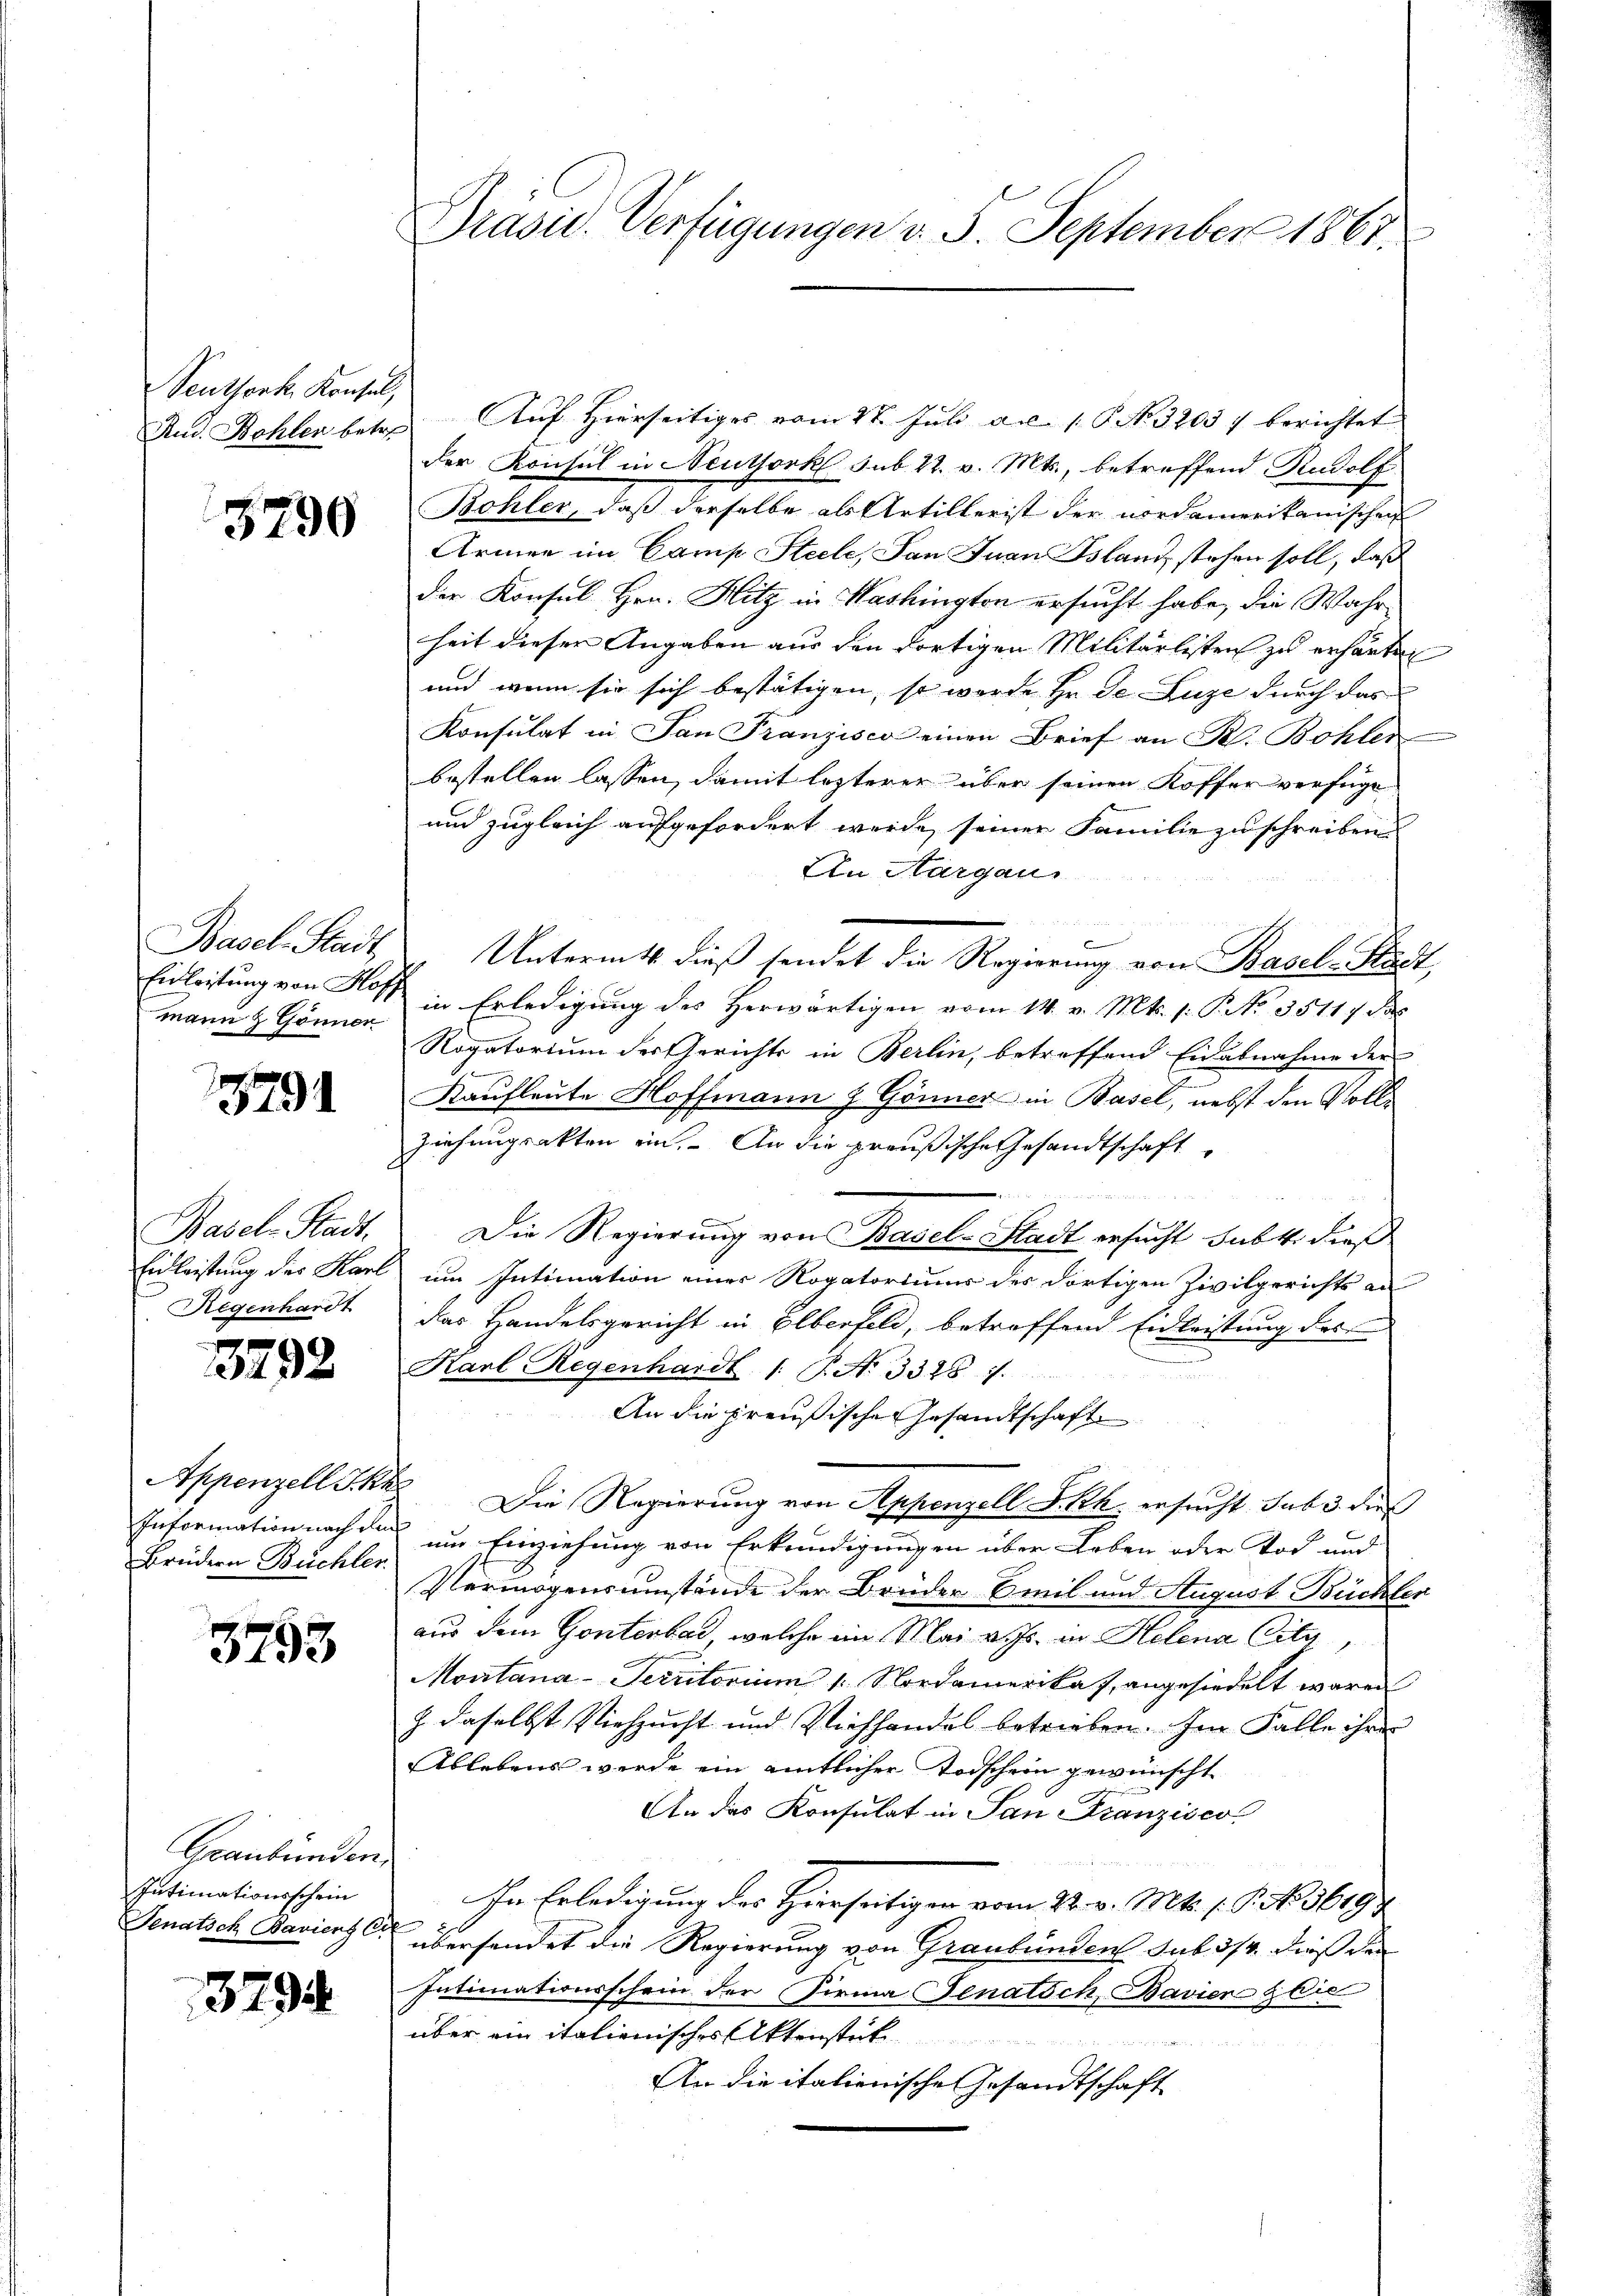
Senthork, Konsul,

5790

Basel-Stadt
mann & Gönner

3791

Basel-Stadt.
Einleistung des Karl
Regenhardt

3792

Appenzell Ihn
Information nach den
Brüdern Büchler

3793

Graubünden
Intimationsschein
Senatsch Bavient C.

3794

Präsid. Verfügungen v. 5. September 1867.

Rud. Bohler betr. Auf Hierseitiges vom 27. Juli d. 16. No. 32037 berichtet
der Konsul in Neuthork sub. 22. v. Mts., betreffend Rudolf
Bohler, daß derselbe als Artillerist der nordamerikanischen
Armen im Camp Steele, San.- Juan Bsland stehen soll, daß
der Konsul Hrn. Hitz in Washington ersucht habe, die Wahr-
heit dieser Angaben aus den dortigen Militärlisten zu erhärten
und wenn sie sich bestätigen, so wurde Hr. De Luze durch das
Konsulat in San Franzisco einen Brief an P. Bohler
bestellen lassen, damit lezterer über seinen Koffer verfüge
und zugleich aufgefordert werde, seiner Familie zu schreiben
An Aargaus

x
Untermitt dieß sendet die Regierung von Basel-Stadt
Eidleistung von Ross in Erledigung des Herwärtigen vom 14. v. Mts. s. P. Nr. 35117 de
Rogatorium der Gerichts in Berlin, betreffend Eidabnahme der
Kaufleute Hoffmann J. Gönner in Basel, nebst den Voll¬
Ziehungsakten ein. An die preußische Gesandtschaft
Die Regierung von Basel-Stadt ersucht subst dieß
um Intimation einer Rogatoriums des dortigen Zivilgerichts an
das Handelsgericht in Elberfeld, betroffend Eidleistung des
Karl Regenhardt 1. P. N. 3328. 7.
An die preußische Gesandtschaft
t
Die Regierung von Appenzell S. kk. ersucht. sub 3. dies
um Einziehung von Erkundigungen über Leben oder Tod und
Vermögensumstände der Brüder Emil und August Büchler
aus dem Gonterbad, welche im Mai v. Js. in Helena Cilg,
Montana-Territorium 1. Nordamerikas, angesiedelt waren
) daselbst Viehzucht und Viehhandes betrieben. Im Falle ihre
Ablebens werde ein amtlicher Todschein gewünscht
An das Konsulat in San Franzisco
Ihn Erledigung des Hierseitigen vom 22. v. Mts. 1. 9. No. 36194
übersendet die Regierung von Graubünden sub 3/4. dieß der
Intimationsschein der Firma Senatsch, Bavier Glie
über ein italienisches Aktenstut
d
An die italienische Gesandtschaft